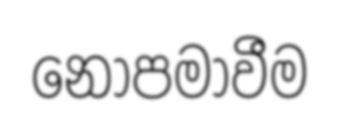
නොපමාවීම